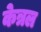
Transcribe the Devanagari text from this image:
केत्रल